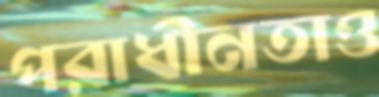
পরাধীনতাও